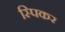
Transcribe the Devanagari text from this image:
स्पिकर